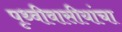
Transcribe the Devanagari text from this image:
पृथ्वीवासीयांचा